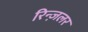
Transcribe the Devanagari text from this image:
रिन्ज़लर